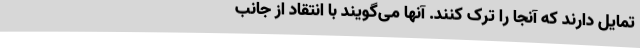
تمایل دارند که آنجا را ترک کنند. آنها می‌گویند با انتقاد از جانب